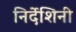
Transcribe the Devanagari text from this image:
निर्देशिनी